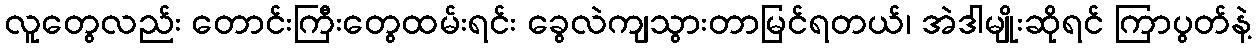
လူတွေလည်း တောင်းကြီးတွေထမ်းရင်း ခွေလဲကျသွားတာမြင်ရတယ်၊ အဲဒါမျိုးဆိုရင် ကြာပွတ်နဲ့